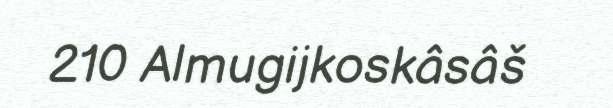
210 Almugijkoskâsâš